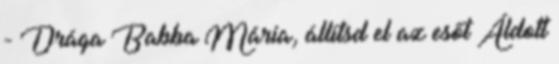
- Drága Babba Mária, állítsd el az esőt Áldott